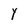
Character: Y